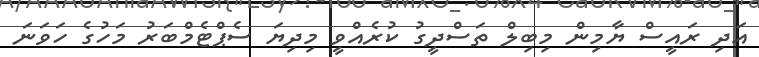
އަދި ރައީސް ޔާމިން މިބިލް ތަސްދީގު ކުރެއްވީ މިދިޔަ ސެޕްޓެމްބަރު މަހުގެ ހަވަނަ